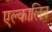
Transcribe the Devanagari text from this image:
एल्कालिन